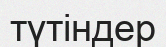
түтіндер